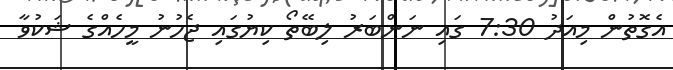
އެގޮތުން މިއަދު 7:30 ގައި ނަންބަރު ލިބޭތޯ ކިޔުގައި ޖެހުނު މީހެއްގެ ޝަކުވާ